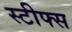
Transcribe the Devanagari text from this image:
स्टीफ्स